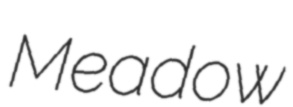
Meadow